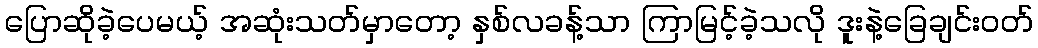
ပြောဆိုခဲ့ပေမယ့် အဆုံးသတ်မှာတော့ နှစ်လခန့်သာ ကြာမြင့်ခဲ့သလို ဒူးနဲ့ခြေချင်းဝတ်